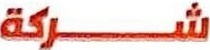
شركة